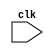
module Timing_Control (
    input wire clk,
    // Add any other necessary inputs
    
    // Add any necessary outputs
);

// Define your Timing Control logic here

endmodule